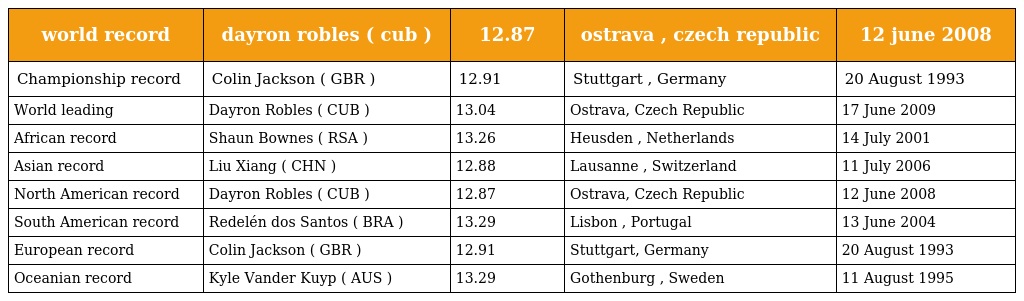
| world record | dayron robles ( cub ) | 12.87 | ostrava , czech republic | 12 june 2008 |
 | --- | --- | --- | --- | --- |
 | Championship record | Colin Jackson ( GBR ) | 12.91 | Stuttgart , Germany | 20 August 1993 |
 | World leading | Dayron Robles ( CUB ) | 13.04 | Ostrava, Czech Republic | 17 June 2009 |
 | African record | Shaun Bownes ( RSA ) | 13.26 | Heusden , Netherlands | 14 July 2001 |
 | Asian record | Liu Xiang ( CHN ) | 12.88 | Lausanne , Switzerland | 11 July 2006 |
 | North American record | Dayron Robles ( CUB ) | 12.87 | Ostrava, Czech Republic | 12 June 2008 |
 | South American record | Redelén dos Santos ( BRA ) | 13.29 | Lisbon , Portugal | 13 June 2004 |
 | European record | Colin Jackson ( GBR ) | 12.91 | Stuttgart, Germany | 20 August 1993 |
 | Oceanian record | Kyle Vander Kuyp ( AUS ) | 13.29 | Gothenburg , Sweden | 11 August 1995 |